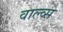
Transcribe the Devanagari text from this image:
वाल्व्स